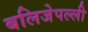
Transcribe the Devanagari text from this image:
बलिजेपल्ली